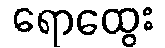
ရောထွေး